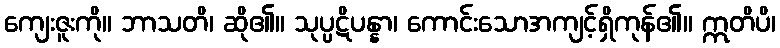
ကျေးဇူးကို။ ဘာသတိ၊ ဆို၏။ သုပ္ပဋိပန္နာ၊ ကောင်းသောအကျင့်ရှိကုန်၏။ ဣတိပိ၊